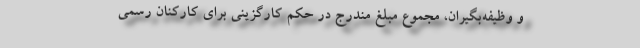
و وظیفه‌بگیران، مجموع مبلغ مندرج در حکم کارگزینی برای کارکنان رسمی